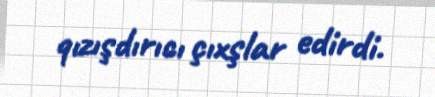
qızışdırıcı çıxşlar edirdi.